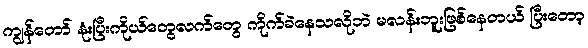
ကျွန်တော် နုံးပြီးကိုယ်တွေလက်တွေ ကိုက်ခဲနေသလိုဘဲ မလန်းဘူးဖြစ်နေတယ် ပြီးတော့